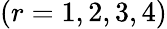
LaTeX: (r=1,2,3,4)